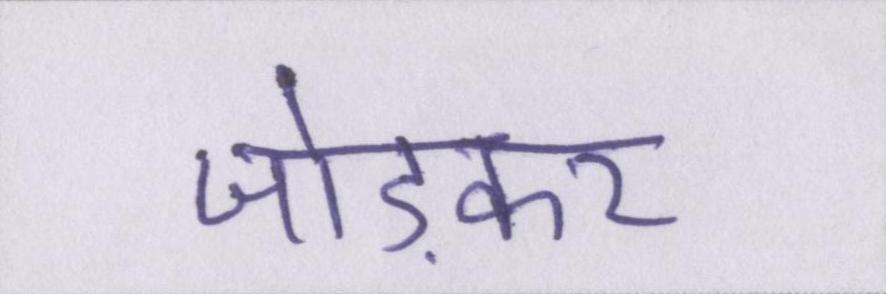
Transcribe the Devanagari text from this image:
जोड़कर